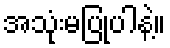
အသုံးမပြုပါနဲ့။